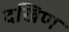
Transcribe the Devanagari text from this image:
दखिण